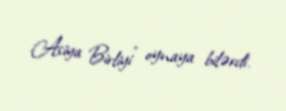
Asiya Birliyi” oynaya bilərdi.